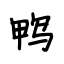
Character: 鸭